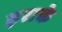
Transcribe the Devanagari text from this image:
इराके